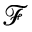
\mathcal { F }